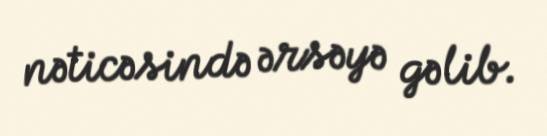
nəticəsində ərsəyə gəlib.